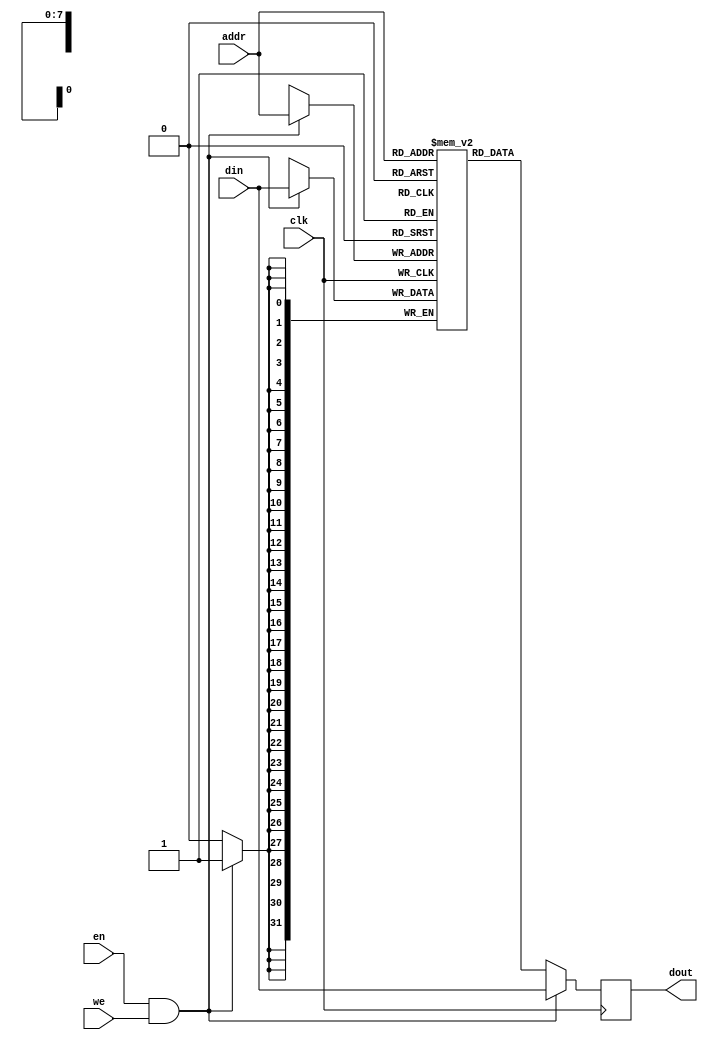
/*
 Various parameterized Block RAMs
 */

// Synchronous Single Port
module BRAM_SSP(
		clk, we, en, addr, din, dout
		);
   parameter 
     DEPTH = 256,
     DEPTH_LOG = 8,
     WIDTH = 32;
   
   input clk, we, en;
   input [DEPTH_LOG-1:0] addr;
   input [WIDTH-1:0] 	 din;
   output [WIDTH-1:0] 	 dout;

   reg [WIDTH-1:0] 	 RAM [DEPTH-1:0] /*verilator public*/;
   reg [WIDTH-1:0] 	 dout;

   always @ (posedge clk) begin
      if (en & we) begin
	    RAM[addr]   <= din;
	    dout <= din;
      end
      else
	dout <= RAM[addr];
   end
   
endmodule // BRAM_SSP